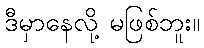
ဒီမှာနေလို့ မဖြစ်ဘူး။